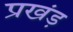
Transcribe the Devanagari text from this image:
प्रखंड़